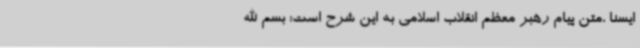
ایسنا ،متن پیام رهبر معظم انقلاب اسلامی به این شرح است: بسم الله